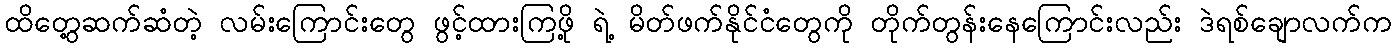
ထိတွေ့ဆက်ဆံတဲ့ လမ်းကြောင်းတွေ ဖွင့်ထားကြဖို့ ရဲ့ မိတ်ဖက်နိုင်ငံတွေကို တိုက်တွန်းနေကြောင်းလည်း ဒဲရစ်ချောလက်က